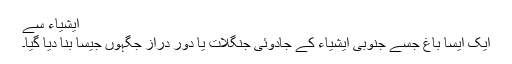
ایشیاء سے
ایک ایسا باغ جسے جنوبی ایشیاء کے جادوئی جنگلات یا دور دراز جگہوں جیسا بنا دیا گیا۔